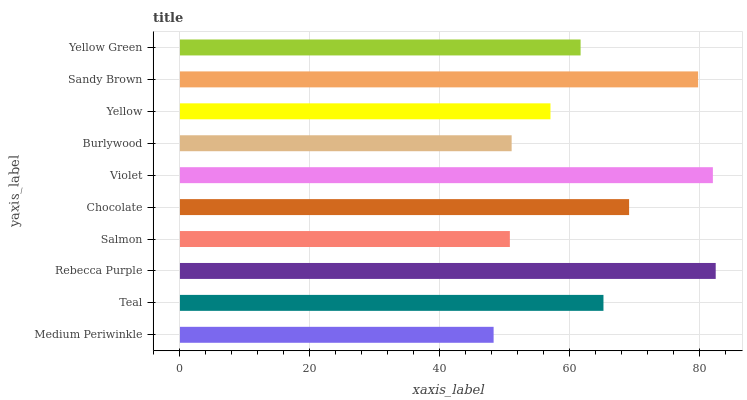
| yaxis_label | bars |
 | --- | --- |
 | Medium Periwinkle | 48.3 |
 | Teal | 65.2 |
 | Rebecca Purple | 82.5 |
 | Salmon | 50.8 |
 | Chocolate | 69.2 |
 | Violet | 82.1 |
 | Burlywood | 51.1 |
 | Yellow | 57.1 |
 | Sandy Brown | 79.8 |
 | Yellow Green | 61.7 |